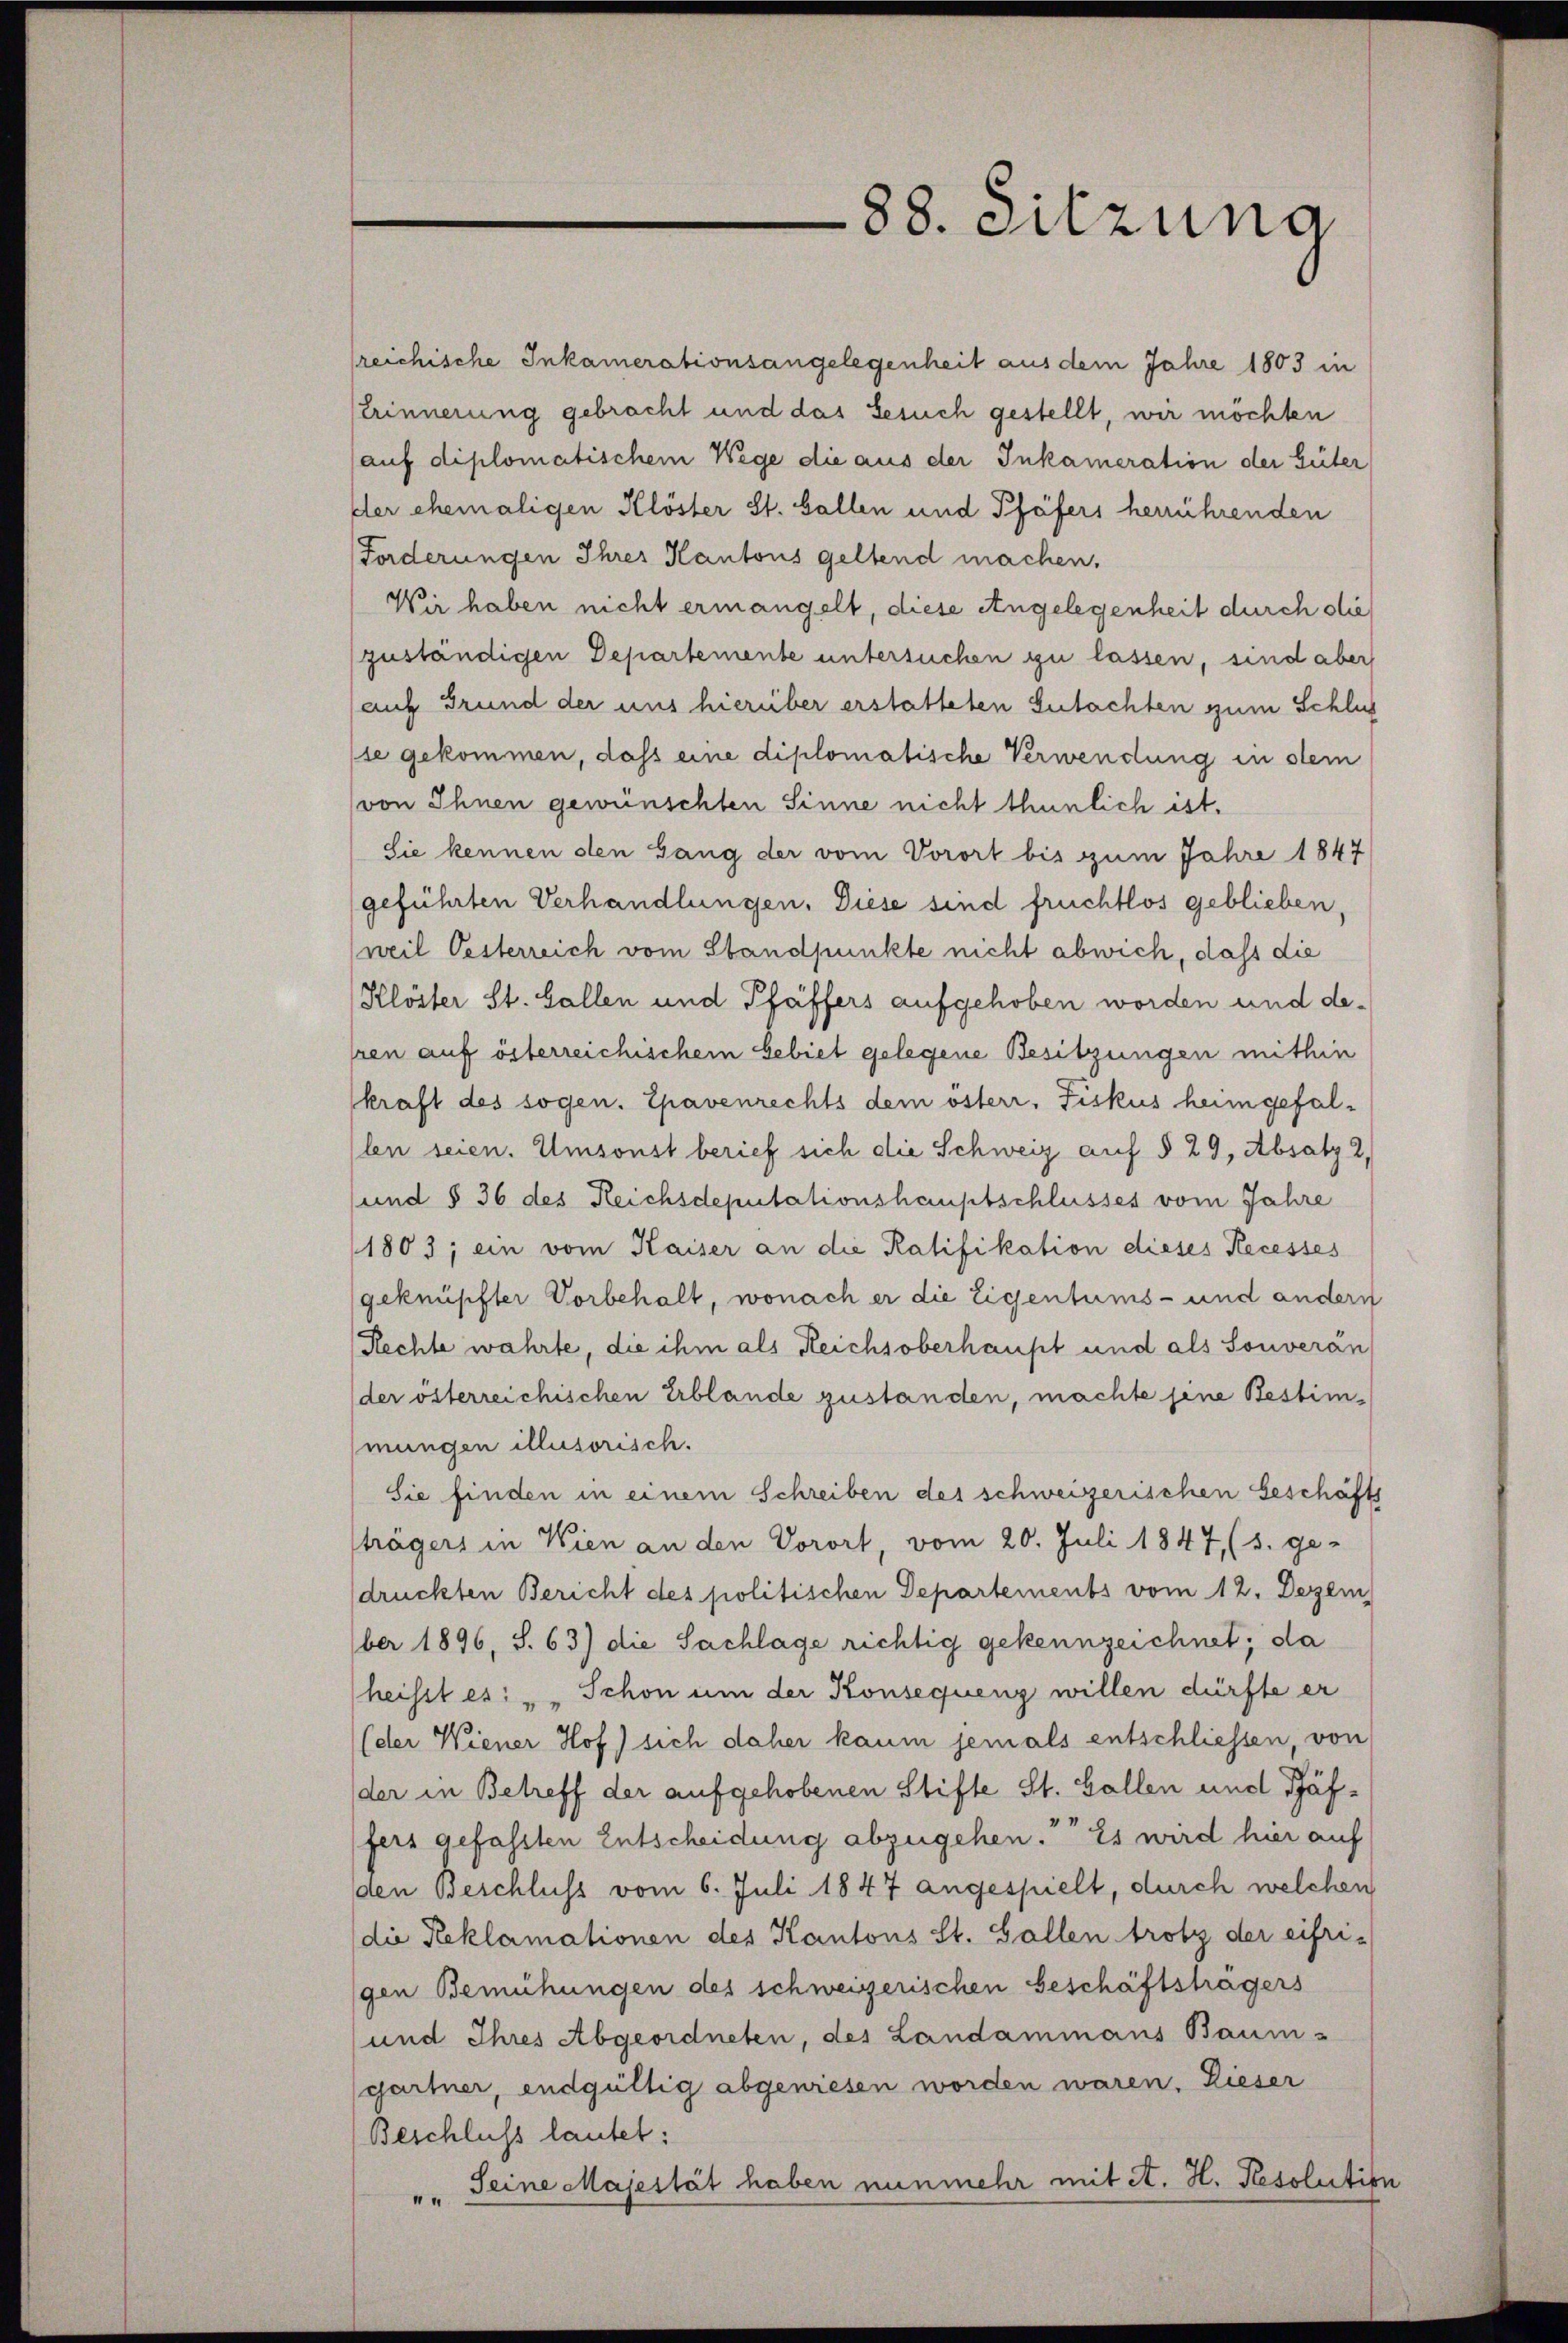
lreichische Inkamerationsangelegenheit aus dem Jahre 1803 in
serinnerung gebracht und das Gesuch gestellt, wir möchten
(auf diplomatischem Wege die aus der Inkameration der Güter
der ehemaligen Klöster St. Gallen und Pfäfers herrührenden

88. Sitzung

Forderungen Ihres Kantons geltend machen.
Wir haben nicht ermangelt, diese Angelegenheit durch die
zuständigen Departemente untersuchen zu lassen, sind aber
auf Grund der uns hierüber erstatteten Gutachten zum Schlus
se gekommen, dass eine diplomatische Verwendung in stem
(von Ihnen gewünschten Sinne nicht thunlich ist.
Sie kennen den Gang der vom Vorort bis zum Jahre 1847
geführten Verhandlungen. Diese sind fruchtlos geblieben
weil Oesterreich vom Standpunkte nicht abwich, dass die
Klöster St. Gallen und Pfäffers aufgehoben worden und desren auf österreichischem Gebiet gelegene Besitzungen mithin
kraft des sogen. Epavenrechts dem österr. Fiskus heimgefallen seien. Umsonst berief sich die Schweiz auf § 29, Absatz 2,
und § 36 des Reichsdeputationshauptschlusses vom Jahre
1803; ein vom Kaiser an die Ratifikation dieses Recesses
geknüpfter Vorbehalt, wonach er die Eigentums- und andern
Rechte wahrte, die ihm als Reichsoberhaupt und als Souverän
der österreichischen Erblände zustanden, machte jene Bestimmungen illusorisch.
Sie finden in einem Schreiben des schweizerischen Geschäfts
trägers in Wien an den Vorort, vom 20. Juli 1847, (s. ge-
sdrückten Bericht des politischen Departements vom 12. Dezem
ber 1896, S. 63) die Sachlage richtig gekennzeichnet; da
heisst es: " " Schon um der Konsequenz willen dürfte er
(der Wiener Hof) sich daher kaum jemals entschliessen, von
(der in Betreff der aufgehobenen Stifte St. Gallen und Pfäffers gefassten Entscheidung abzugehen. Es wird hier auf
den Beschluss vom 6. Juli 1847 angespielt, durch welchen
(die Reklamationen des Kantons St. Gallen trotz der eifri-
gen Bemühungen des schweizerischen Beschäftsträgers
und Ihres Abgeordneten, des Landammans Baum-
gartner, endgültig abgewiesen worden waren. Dieser
Beschluss lautet:
"" Seine Majestät haben nunmehr mit et. H. Resolution